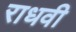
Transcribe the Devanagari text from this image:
राधवी